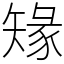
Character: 䂕